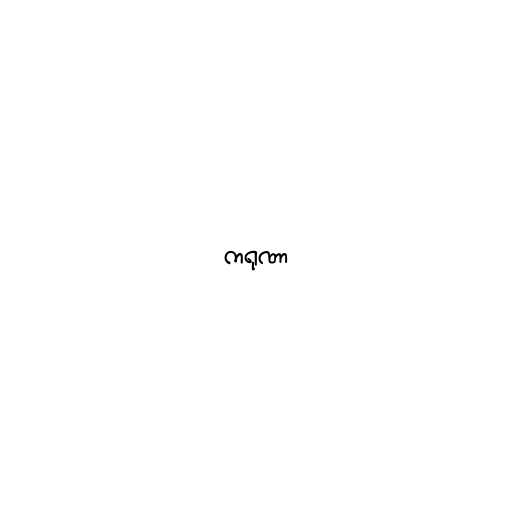
ကရုဏာ